Senior Leaving Certificate Examination (including Day School Certificate (Higher) General paper), 1946
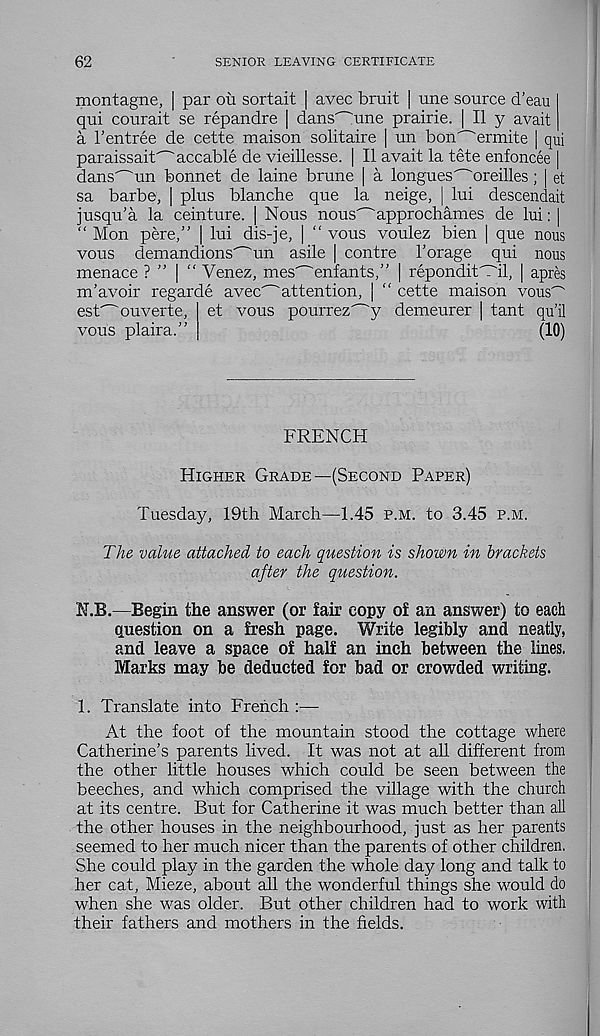
62
SENIOR LEAVING CERTIFICATE
montagne, | par ou sortait | avec bruit | une source d’eau
qui courait se repandre | dans'~Tine prairie. | II y avait
a I’entree de cette maison solitaire [ un bon'~'ermite | qui
paraissait' - 'accable de vieillesse. | II avait la tete enfoncee |
dans^un bonnet de laine brune | a longues'^oreilles; [ et
sa barbe, | plus blanche que la neige, | lui descendait
jusqu’a la ceinture. | Nous nous^approchames de lui: |
“ Mon pere/' | lui dis-je, | “ vous voulez bien | que nous
vous demandions^un asile | centre Forage qui nous
menace ? ” | “ Venez, mes^enfants,” | repondit'Til, | apres
m’avoir regarde avec' - 'attention, | “ cette maison vous -
est^ouverte, et vous pourrez - "y demeurer | tant qu’il
vous plaira.”
(10)
FRENCH
Higher Grade—(Second Paper)
Tuesday, 19th March—1.45 p.m. to 3.45 p.m.
The value attached to each question is shown in brackets
after the question.
N.B.—Begin the answer (or fair copy of an answer) to each
question on a fresh page. Write legibly and neatly,
and leave a space of half an inch between the lines.
Marks may be deducted for bad or crowded writing.
1. Translate into French :—-
At the toot of the mountain stood the cottage where
Catherine’s parents lived. It was not at all different from
the other little houses which could be seen between the
beeches, and which comprised the village with the church
at its centre. But for Catherine it was much better than all
the other houses in the neighbourhood, just as her parents
seemed to her much nicer than the parents of other children.
She could play in the garden the whole day long and talk to
her cat, Mieze, about all the wonderful things she would do
when she was older. But other children had to work with
their fathers and mothers in the fields.